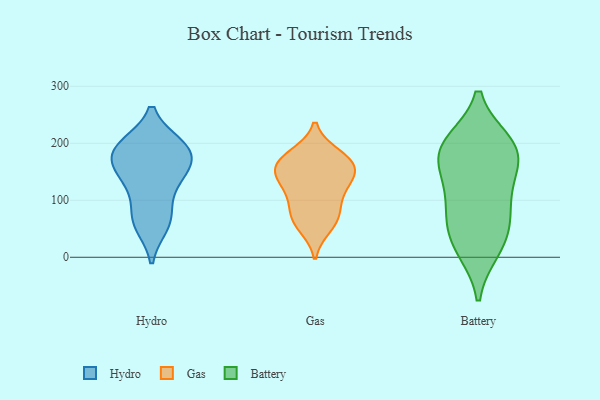
{"axis": {"x": "Bounce Rate (%)", "y": "Value"}, "legend": ["Battery", "Gas", "Hydro"], "data": [{"x": "", "y": 169, "type": "Hydro"}, {"x": "", "y": 168, "type": "Hydro"}, {"x": "", "y": 149, "type": "Hydro"}, {"x": "", "y": 124, "type": "Hydro"}, {"x": "", "y": 192, "type": "Hydro"}, {"x": "", "y": 67, "type": "Hydro"}, {"x": "", "y": 190, "type": "Hydro"}, {"x": "", "y": 70, "type": "Hydro"}, {"x": "", "y": 196, "type": "Hydro"}, {"x": "", "y": 195, "type": "Hydro"}, {"x": "", "y": 137, "type": "Hydro"}, {"x": "", "y": 57, "type": "Hydro"}, {"x": "", "y": 65, "type": "Gas"}, {"x": "", "y": 158, "type": "Gas"}, {"x": "", "y": 115, "type": "Gas"}, {"x": "", "y": 147, "type": "Gas"}, {"x": "", "y": 176, "type": "Gas"}, {"x": "", "y": 53, "type": "Gas"}, {"x": "", "y": 72, "type": "Gas"}, {"x": "", "y": 170, "type": "Gas"}, {"x": "", "y": 121, "type": "Gas"}, {"x": "", "y": 89, "type": "Gas"}, {"x": "", "y": 140, "type": "Gas"}, {"x": "", "y": 153, "type": "Gas"}, {"x": "", "y": 180, "type": "Gas"}, {"x": "", "y": 185, "type": "Battery"}, {"x": "", "y": 148, "type": "Battery"}, {"x": "", "y": 71, "type": "Battery"}, {"x": "", "y": 112, "type": "Battery"}, {"x": "", "y": 15, "type": "Battery"}, {"x": "", "y": 46, "type": "Battery"}, {"x": "", "y": 90, "type": "Battery"}, {"x": "", "y": 194, "type": "Battery"}, {"x": "", "y": 196, "type": "Battery"}, {"x": "", "y": 200, "type": "Battery"}, {"x": "", "y": 166, "type": "Battery"}, {"x": "", "y": 21, "type": "Battery"}]}